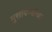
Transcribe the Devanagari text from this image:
मुशायऱ्यांच्या